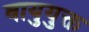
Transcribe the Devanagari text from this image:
वायुयुक्त